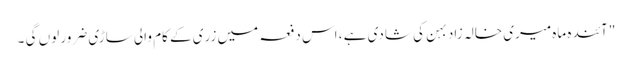
"آئندہ ماہ میری خالہ زاد بہن کی شادی ہے ، اس دفعہ میں زری کے کام والی ساڑی ضرور لوں گی ۔